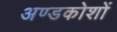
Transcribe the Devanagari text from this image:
अण्डकोशों